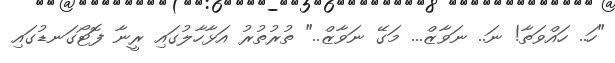
"ހަ.. ހައްވަތާ! ނަ.. ނަވާޒް... މަގޭ ނަވާޒް.." ތުރުތުރު އަޅާހާލުގައި ރީނާ ފޮޓޯގަނޑުގައި